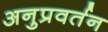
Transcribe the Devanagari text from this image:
अनुप्रवर्तन